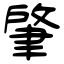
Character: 肇